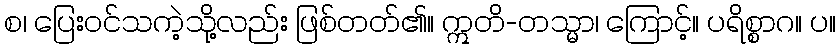
စ၊ ပြေးဝင်သကဲ့သို့လည်း ဖြစ်တတ်၏။ ဣတိ-တသ္မာ၊ ကြောင့်။ ပရိစ္စာဂ။ ပ။